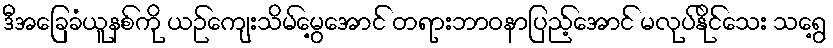
ဒီအခြေခံယူနစ်ကို ယဉ်ကျေးသိမ်မွေ့အောင် တရားဘာဝနာပြည့်အောင် မလုပ်နိုင်သေး သရွေ့